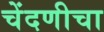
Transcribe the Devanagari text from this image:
चेंदणीचा